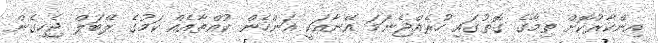
އިންކާރުކޮށް ތިމާގެ ގޮތުގައި ހުރެއްޖެނަމަ އޭނާއަކީ އަންހެން ކުއްތާއެއް ކަމުގެ ލޭބަލް ޖެހިގެން